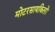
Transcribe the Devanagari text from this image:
मोटरसायकिलों